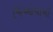
જિઓવાની